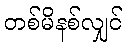
တစ်မိနစ်လျှင်